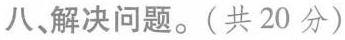
八、解决问题。(共20分)